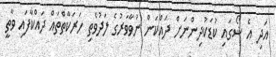
އަދި އެ ޝޯގައި ކުޑަކުދިންނަށް ދައްކަން ނުވާވަރުގެ ލަދުވެތި ހަރަކާތްތައް ދައްކާފައި ވާތީ